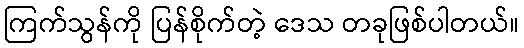
ကြက်သွန်ကို ပြန်စိုက်တဲ့ ဒေသ တခုဖြစ်ပါတယ်။